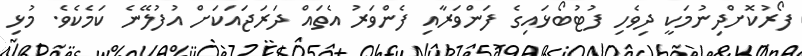
ފޯރުކޮށްދިނުމަކީ ދިވެހި ފުޓުބޯޅައިގެ ފަންވަރާއި ފެންވަރު އެތައް ދަރަޖައަކަށް އުފުލޭނެ ކަމެކެވެ. މުޅި